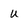
Character: u